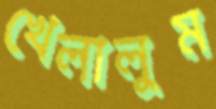
খেলালুম